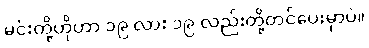
မင်းတို့ဟိုဟာ ၁၉ လား ၁၉ လည်းတို့တင်ပေးမှာပဲ။